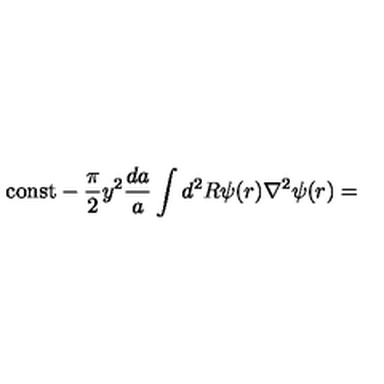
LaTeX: \mathrm { c o n s t } - \frac { \pi } { 2 } y ^ { 2 } \frac { d a } { a } \int d ^ { 2 } R \psi ( r ) \nabla ^ { 2 } \psi ( r ) =